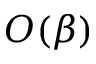
O ( \beta )